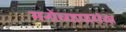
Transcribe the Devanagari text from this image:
मनोव्यापारांचा